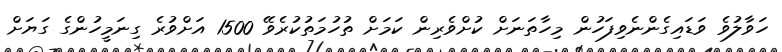
ހަވާލުވެ ވަޑައިގެންނެވިފަހުން މިހާތަނަށް ކުށްވެރިން ކަމަށް ތުހުމަތުކުރެވޭ 1500 އަށްވުރެ ގިނަމީހުންގެ ގަޔަށް